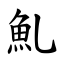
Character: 䰲